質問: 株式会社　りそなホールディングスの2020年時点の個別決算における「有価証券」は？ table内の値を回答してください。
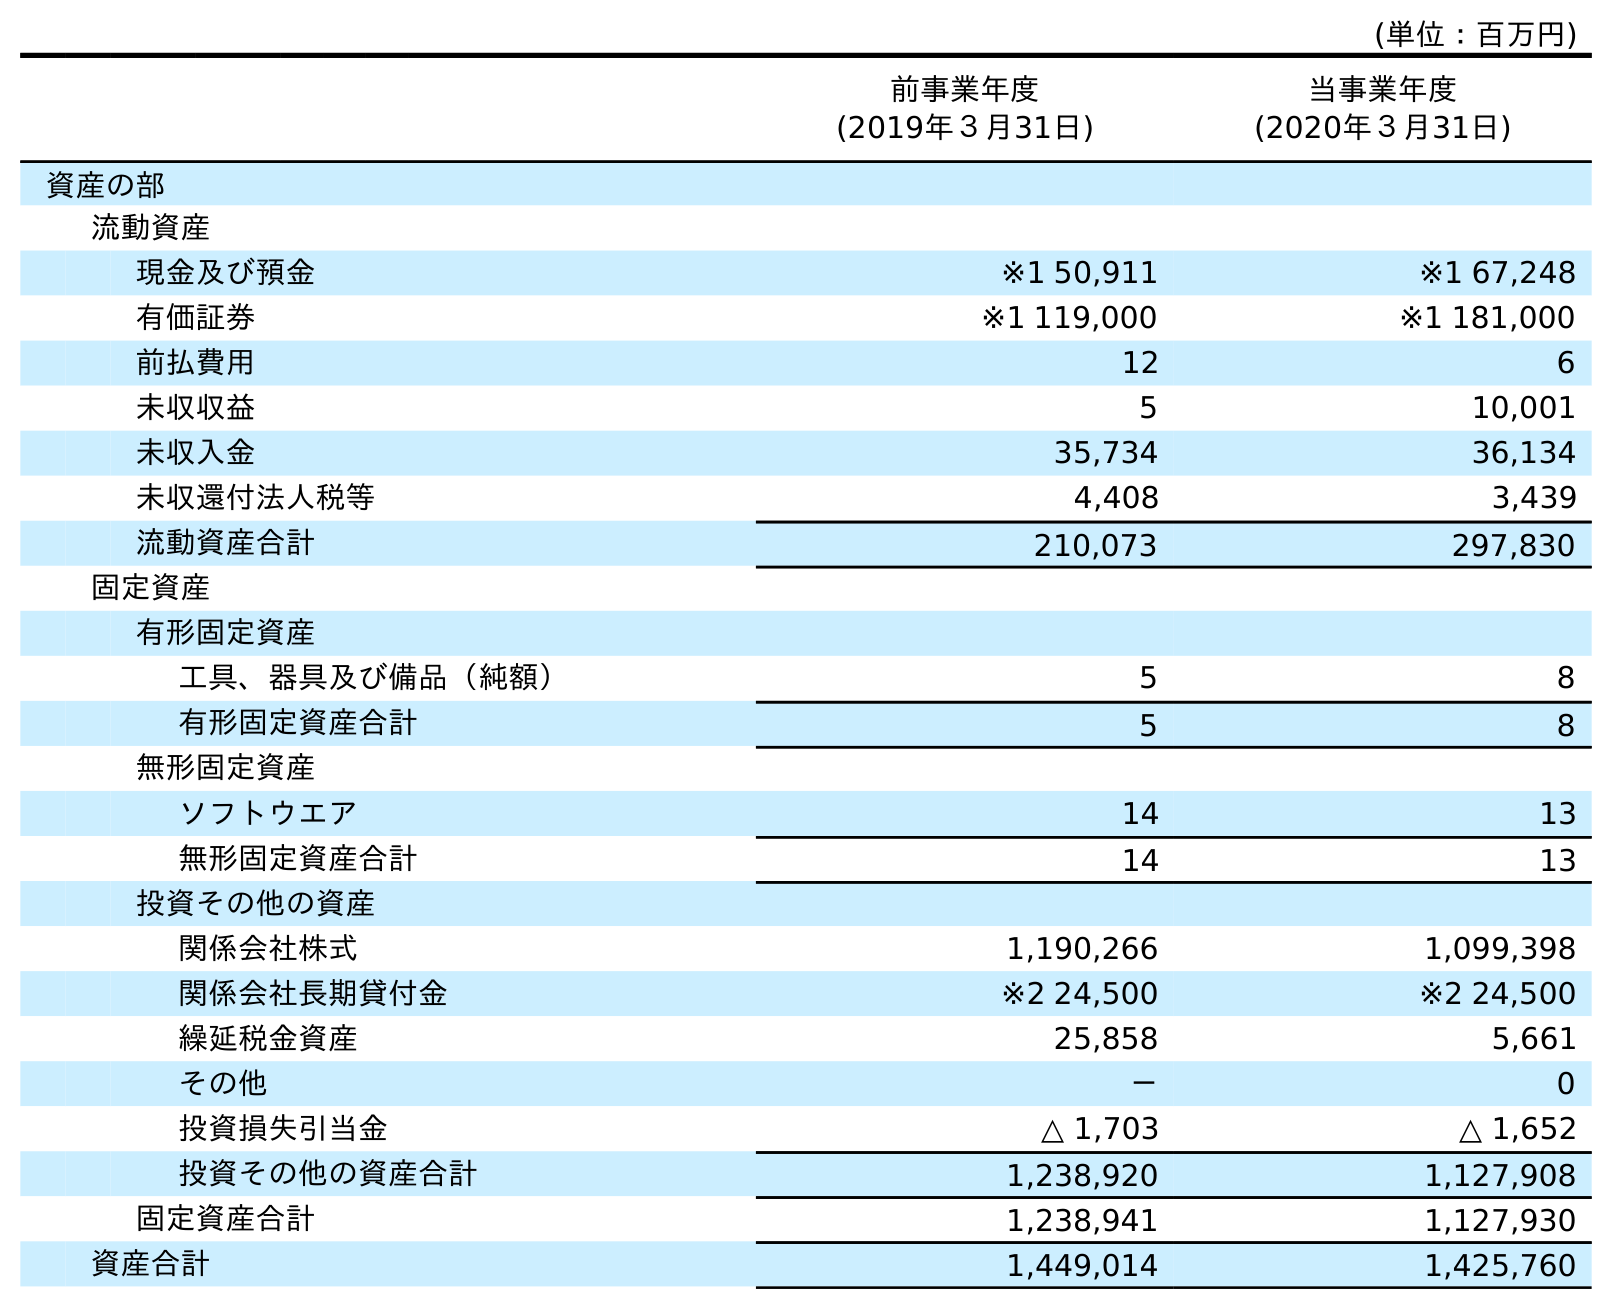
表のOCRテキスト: (単位：百万円) 前事業年度 (2019年３月31日) 当事業年度 (2020年３月31日) 資産の部 流動資産 現金及び預金 ※1 50,911 ※1 67,248 有価証券 ※1 119,000 ※1 181,000 前払費用 12 6 未収収益 5 10,001 未収入金 35,734 36,134 未収還付法人税等 4,408 3,439 流動資産合計 210,073 297,830 固定資産 有形固定資産 工具、器具及び備品（純額） 5 8 有形固定資産合計 5 8 無形固定資産 ソフトウエア 14 13 無形固定資産合計 14 13 投資その他の資産 関係会社株式 1,190,266 1,099,398 関係会社長期貸付金 ※2 24,500 ※2 24,500 繰延税金資産 25,858 5,661 その他 － 0 投資損失引当金 △ 1,703 △ 1,652 投資その他の資産合計 1,238,920 1,127,908 固定資産合計 1,238,941 1,127,930 資産合計 1,449,014 1,425,760
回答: ※1181,000